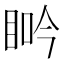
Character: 𥆽